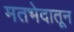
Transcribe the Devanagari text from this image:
मतभेदातून